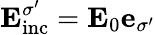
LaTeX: \mathbf{E}_{\mathrm{inc}}^{\sigma^{\prime}}=\mathbf{E}_{0}\mathbf{e}_{\sigma^{\prime}}